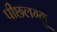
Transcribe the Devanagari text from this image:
पीछलग्गु